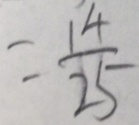
= \frac { 1 4 } { 2 5 }